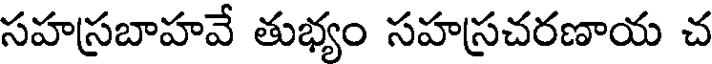
సహస్రబాహవే తుభ్యం సహస్రచరణాయ చ